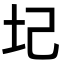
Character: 圮